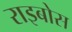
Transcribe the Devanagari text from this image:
राइबोस